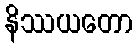
နိဿယတော